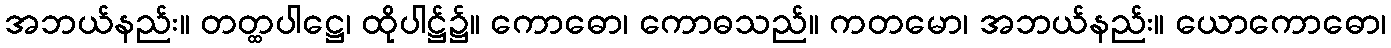
အဘယ်နည်း။ တတ္ထပါဋ္ဌေ၊ ထိုပါဋ္ဌ်၌။ ကောဓော၊ ကောဓသည်။ ကတမော၊ အဘယ်နည်း။ ယောကောဓော၊